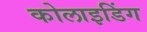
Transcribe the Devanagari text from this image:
कोलाइडिंग